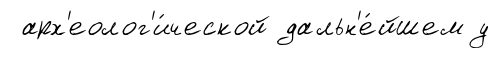
арх'еолог'и́ческой дальн'е́йшем у